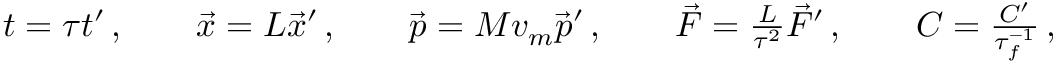
\begin{array} { r } { t = \tau t ^ { \prime } \, , \qquad \vec { x } = L \vec { x } ^ { \prime } \, , \qquad \vec { p } = M v _ { m } \vec { p } ^ { \prime } \, , \qquad \vec { F } = \frac { L } { \tau ^ { 2 } } \vec { F } ^ { \prime } \, , \qquad C = \frac { C ^ { \prime } } { \tau _ { f } ^ { - 1 } } \, , \qquad } \end{array}